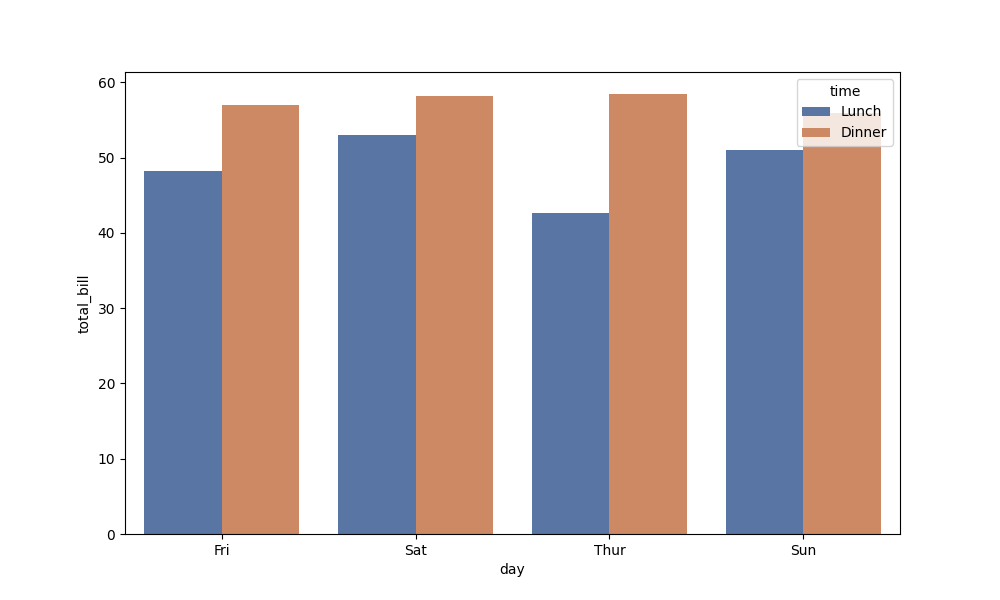
python, seaborn, barplot, hue='time', palette='deep', ci=None, orient='v'